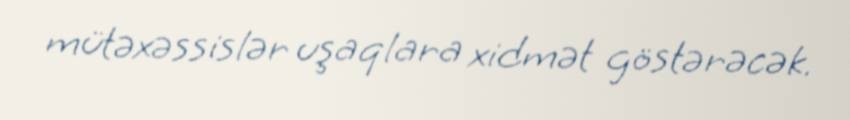
mütəxəssislər uşaqlara xidmət göstərəcək.